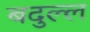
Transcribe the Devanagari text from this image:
बदुल्ल